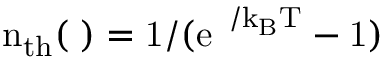
\mathrm { n _ { t h } ( \Omega ) = 1 / { ( e } ^ { \hbar \Omega / k _ { B } T } - 1 ) }